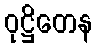
ဝုဋ္ဌိတေန